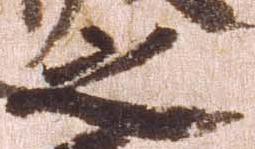
之